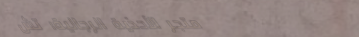
متجر الأحذية الرجالية: تش